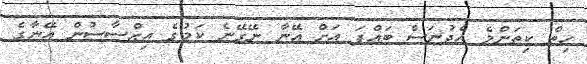
ހިތް ކިތަންމެ އެދުނަސް ބައްޕަ އަށް އޭނާ ނޭގޭނެ ކަމުގެ އިޙްސާސުން އޭނާގެ